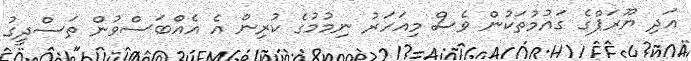
އަދި ޔޫރަޕްގެ ގައުމުތަކުން ވެސް މިއަހަރު ނިމުމުގެ ކުރިން އެ އެއްބަސްވުން ތަސްދީގު